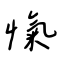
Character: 愾